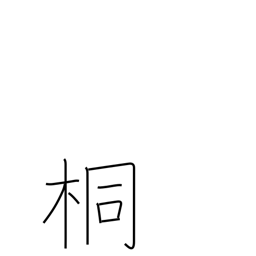
Meaning: paulownia